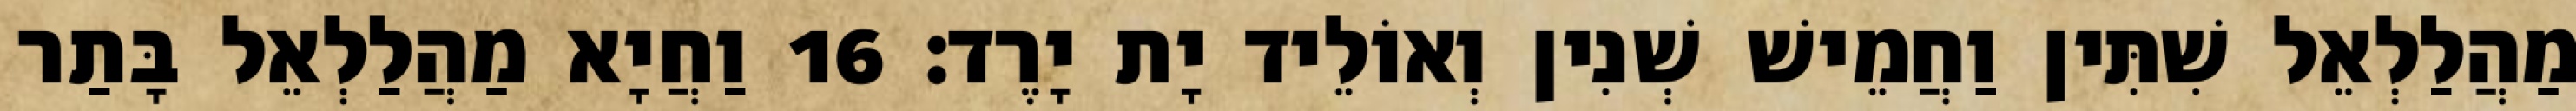
מַהֲלַלְאֵל שִׁתִּין וַחֲמֵישׁ שְׁנִין וְאוֹלֵיד יָת יָרֶד׃ 16 וַחֲיָא מַהֲלַלְאֵל בָּתַר